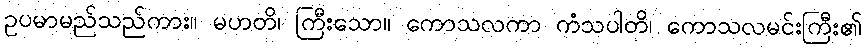
ဥပမာမည်သည်ကား။ မဟတိ၊ ကြီးသော။ ကောသလကာ ကံသပါတိ၊ ကောသလမင်းကြီး၏